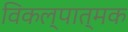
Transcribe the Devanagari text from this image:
विकल्पात्मक